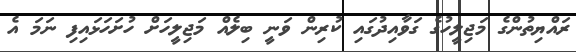
ރައްޔިތުންގެ މަޖިލީހުގެ ގަވާއިދުގައި ކުރިން ވަނީ ބިލެއް މަޖިލީހަށް ހުށަހަޅައިފި ނަމަ އެ